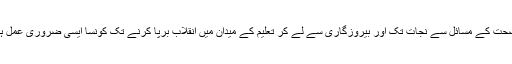
پینے کے صاف پانی کی فراہمی سے لے کر صحت کے مسائل سے نجات تک اور بیروزگاری سے لے کر تعلیم کے میدان میں انقلاب برپا کرنے تک کونسا ایسی ضروری عمل ہے جس پر ان کے ماہرین کام نہیں کررہے ہیں۔